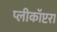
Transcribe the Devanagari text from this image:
प्लीकॉप्टरा